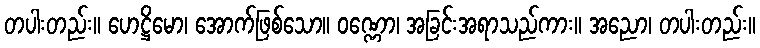
တပါးတည်း။ ဟေဋ္ဌိမော၊ အောက်ဖြစ်သော။ ဝဏ္ဏော၊ အခြင်းအရာသည်ကား။ အညော၊ တပါးတည်း။